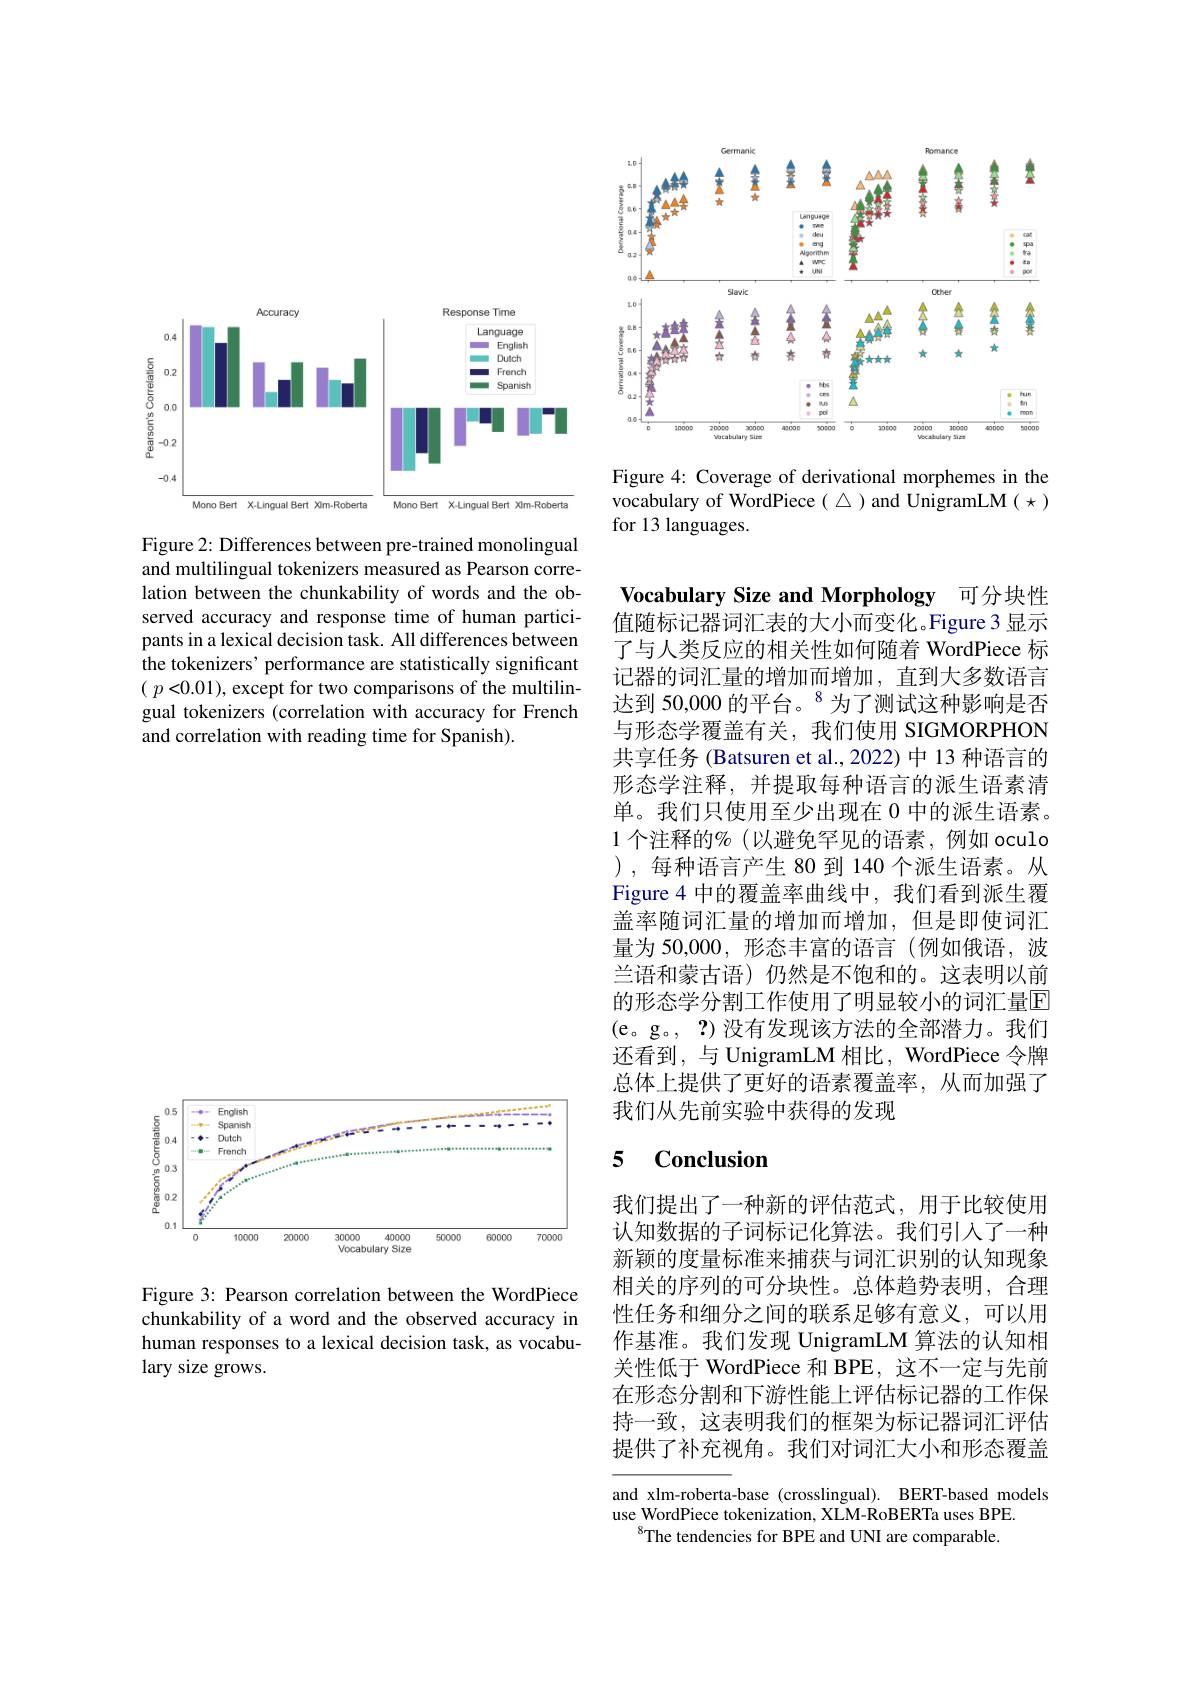
<FigureHere>

Figure 2: Differences between pre-trained monolingual and multilingual tokenizers measured as Pearson correlation between the chunkability of words and the observed accuracy and response time of human participants in a lexical decision task. All differences between the tokenizers' performance are statistically significant ( $p< 0. 01) $,except for two comparisons of the multilingual tokenizers (correlation with accuracy for French and correlation with reading time for Spanish).

<FigureHere>

Figure 4: Coverage of derivational morphemes in the vocabulary of WordPiece( $\triangle$ )and UnigramLM ( $\star$ for 13 languages.

Vocabulary Size and Morphology 可分块性值随标记器词汇表的大小而变化。Figure 3 显示了与人类反应的相关性如何随着 WordPiece 标记器的词汇量的增加而增加，直到大多数语言达到 50,000 的平台。$^{8}$为了测试这种影响是否与形态学覆盖有关，我们使用 SIGMORPHON 共享任务 (Batsuren et al.,2022)中 13 种语言的形态学注释，并提取每种语言的派生语素清单。我们只使用至少出现在 0 中的派生语素。1 个注释的% (以避免罕见的语素，例如 oculo ),每种语言产生 80 到 140 个派生语素。从Figure 4 中的覆盖率曲线中，我们看到派生覆盖率随词汇量的增加而增加，但是即使词汇量为 50,000, 形态丰富的语言 (例如俄语，波兰语和蒙古语)仍然是不饱和的。这表明以前的形态学分割工作使用了明显较小的词汇量$\overline{\mathrm{F}}$ (e。g。, ?) 没有发现该方法的全部潜力。我们还看到，与 UnigramLM 相比，WordPiece 令牌总体上提供了更好的语素覆盖率，从而加强了我们从先前实验中获得的发现

### 5 $\mathbf{Conclusion}$

我们提出了一种新的评估范式，用于比较使用认知数据的子词标记化算法。我们引入了一种新颖的度量标准来捕获与词汇识别的认知现象相关的序列的可分块性。总体趋势表明，合理性任务和细分之间的联系足够有意义，可以用作基准。我们发现 UnigramLM 算法的认知相关性低于 WordPiece 和 BPE, 这不一定与先前在形态分割和下游性能上评估标记器的工作保持一致，这表明我们的框架为标记器词汇评估提供了补充视角。我们对词汇大小和形态覆盖

and xlm-roberta-base (crosslingual). BERT-based models
use WordPiece tokenization, XLM-RoBERTa uses BPE.
$^{8}$The tendencies for BPE and UNI are comparable.

<FigureHere>

Figure 3: Pearson correlation between the WordPiece chunkability of a word and the observed accuracy in human responses to a lexical decision task, as vocabulary size grows.